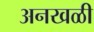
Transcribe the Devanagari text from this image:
अनखळी